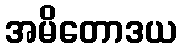
အမိတောဒယ